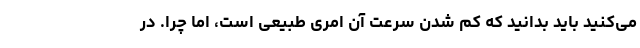
می‌­کنید باید بدانید که کم شدن سرعت آن امری طبیعی است، اما چرا. در